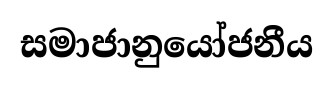
සමාජානුයෝජනීය